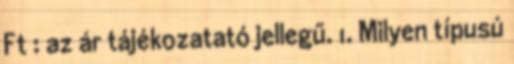
Ft : az ár tájékozatató jellegű. 1. Milyen típusú